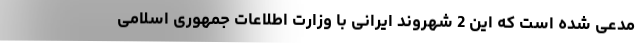
مدعی شده است که این 2 شهروند ایرانی با وزارت اطلاعات جمهوری اسلامی